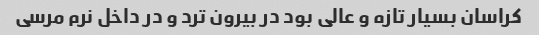
کراسان بسیار تازه و عالی بود در بیرون ترد و در داخل نرم مرسی